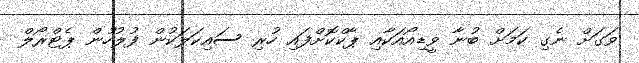
ވަގަށް ނެގި ކަމަށް ބުނާ ވީޑިއޯއަކާއި ޕާކްކޮށްފައި ހުރި ސައިކަލަކުން ފުލުހުން ޕެޓްރޯލް